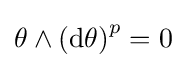
\theta \wedge \left(\mathrm {d} \theta \right)^{p}=0